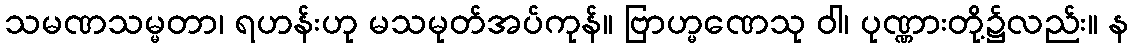
သမဏသမ္မတာ၊ ရဟန်းဟု မသမုတ်အပ်ကုန်။ ဗြာဟ္မဏေသု ဝါ၊ ပုဏ္ဏားတို့၌လည်း။ န